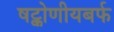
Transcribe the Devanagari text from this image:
षट्कोणीयबर्फ